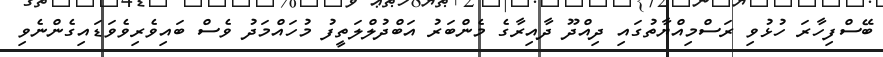
ބޭސްފިހާރަ ހުޅުވި ރަސްމިއްޔާތުގައި ދިއްދޫ ދާއިރާގެ މެންބަރު އަބްދުލްލަތީފު މުހައްމަދު ވެސް ބައިވެރިވެވަޑައިގެންނެވި